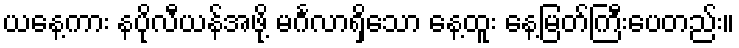
ယနေ့ကား နပိုလီယန်အဖို့ မင်္ဂလာရှိသော နေ့ထူး နေ့မြတ်ကြီးပေတည်း။